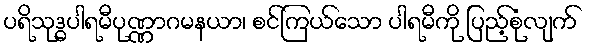
ပရိသုဒ္ဓပါရမီပုဏ္ဏာဂမနယာ၊ စင်ကြယ်သော ပါရမီကို ပြည့်စုံလျက်